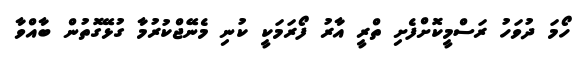
ހޯމަ ދުވަހު ރަސްމީކޮށްފެށި ތްރީ އާރު ފޯރަމަކީ ކުނި މެނޭޖްކުރުމާ ގުޅޭގޮތުން ބާއްވާ